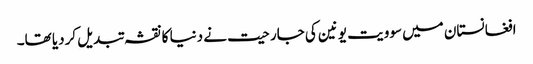
افغانستان میں سوویت یونین کی جارحیت نے دنیا کا نقشہ تبدیل کردیا تھا۔